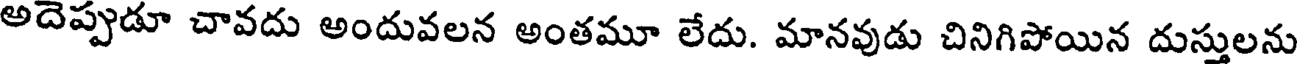
అదెప్పుడూ చావదు అందువలన అంతమూ లేదు. మానవుడు చినిగిపోయిన దుస్తులను